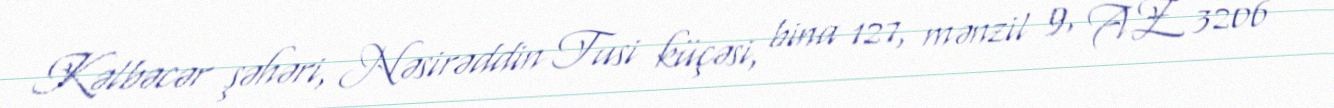
Kəlbəcər şəhəri, Nəsirəddin Tusi küçəsi, bina 127, mənzil 9, AZ 3206